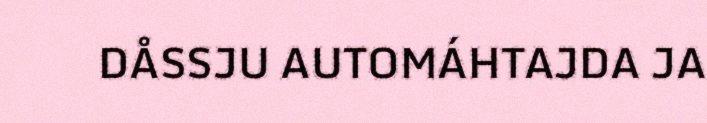
DÅSSJU AUTOMÁHTAJDA JA